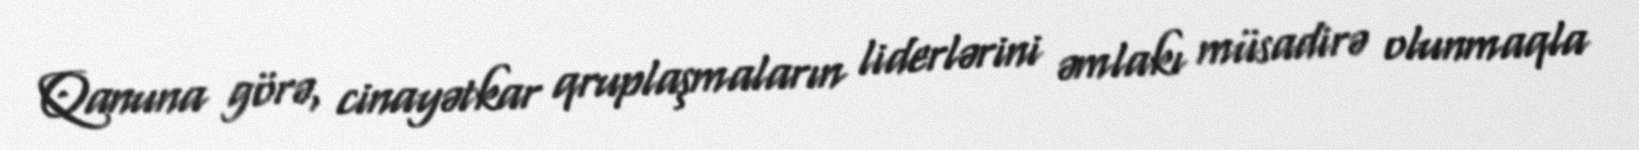
Qanuna görə, cinayətkar qruplaşmaların liderlərini əmlakı müsadirə olunmaqla